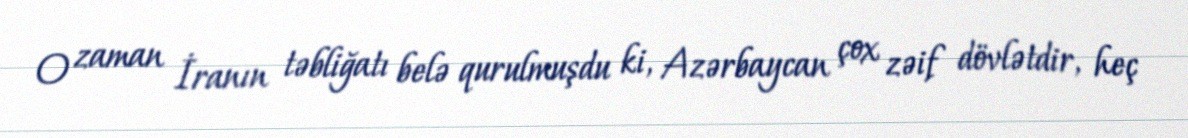
O zaman İranın təbliğatı belə qurulmuşdu ki, Azərbaycan çox zəif dövlətdir, heç